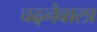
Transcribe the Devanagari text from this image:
चढ़नेवाला